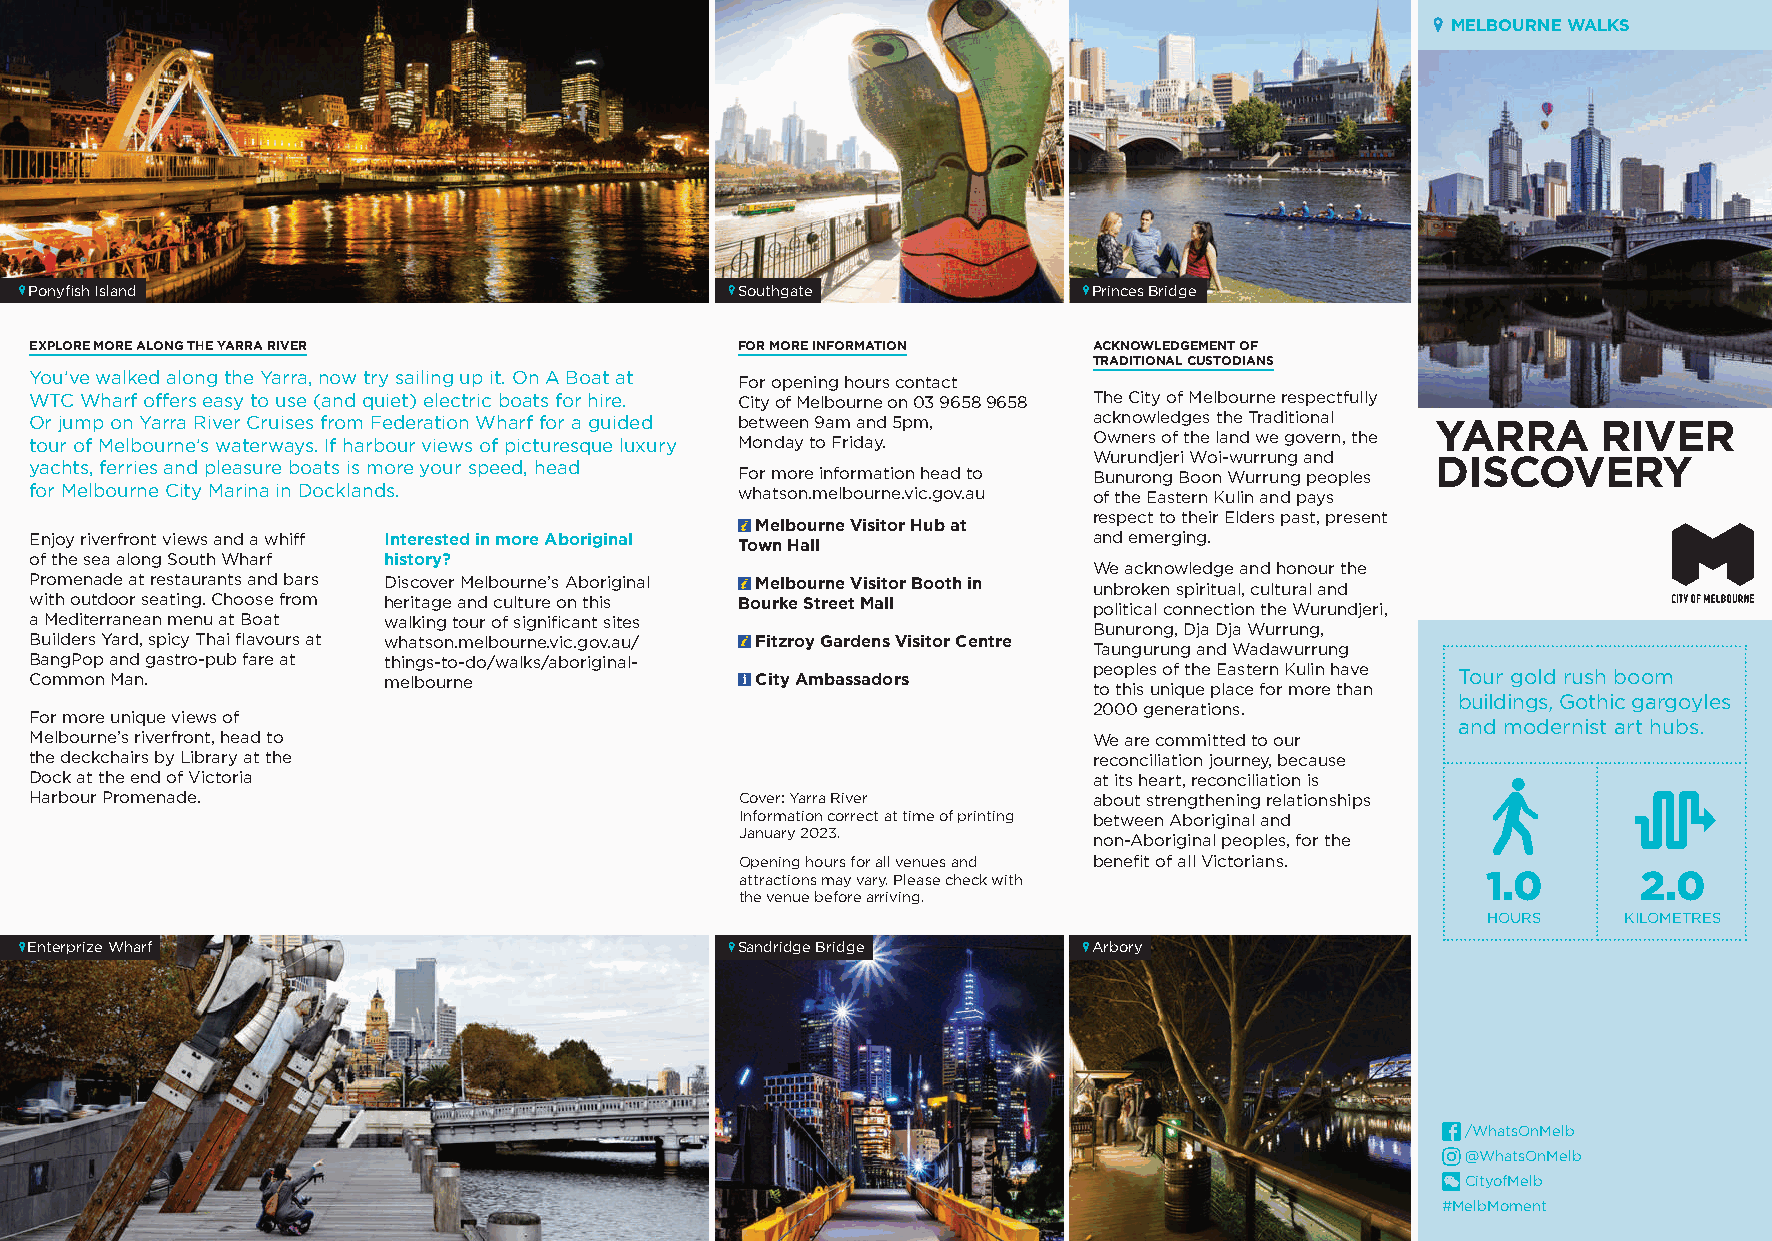
MELBOURNE WALKS
 Ponyfish Island                                Southgate              Princes Bridge
 EXPLORE MORE ALONG THE YARRA RIVER             FOR MORE INFORMATION   ACKNOWLEDGEMENT OF
 TRADITIONAL CUSTODIANS
 You’ve walked along the Yarra, now try sailing up it. On A Boat at For opening hours contact
 WTC Wharf offers easy to use (and quiet) electric boats for hire. City of Melbourne on 03 9658 9658 The City of Melbourne respectfully
 Or jump on Yarra River Cruises from Federation Wharf for a guided between 9am and 5pm, acknowledges the Traditional YARRA RIVER
 tour of Melbourne’s waterways. If harbour views of picturesque luxury Monday to Friday. Owners of the land we govern, the
 Wurundjeri Woi-wurrung and
 yachts, ferries and pleasure boats is more your speed, head                                  DISCOVERY
 For more information head to Bunurong Boon Wurrung peoples
 for Melbourne City Marina in Docklands.        whatson.melbourne.vic.gov.au of the Eastern Kulin and pays
 respect to their Elders past, present
 Melbourne Visitor Hub at
 Enjoy riverfront views and a whiff Interested in more Aboriginal Town Hall and emerging.
 of the sea along South Wharf history?
 We acknowledge and honour the
 Promenade at restaurants and bars Discover Melbourne’s Aboriginal Melbourne Visitor Booth in unbroken spiritual, cultural and
 with outdoor seating. Choose from heritage and culture on this Bourke Street Mall political connection the Wurundjeri,
 a Mediterranean menu at Boat walking tour of significant sites
 Bunurong, Dja Dja Wurrung,
 Builders Yard, spicy Thai flavours at whatson.melbourne.vic.gov.au/ Fitzroy Gardens Visitor Centre
 Taungurung and Wadawurrung
 BangPop and gastro-pub fare at things-to-do/walks/aboriginal-
 peoples of the Eastern Kulin have
 Common Man.            melbourne                City Ambassadors                               Tour gold rush boom
 to this unique place for more than
 buildings, Gothic gargoyles
 2000 generations.
 For more unique views of
 and modernist art hubs.
 Melbourne’s riverfront, head to                                       We are committed to our
 the deckchairs by Library at the                                      reconciliation journey, because
 Dock at the end of Victoria                                           at its heart, reconciliation is
 Harbour Promenade.                             Cover: Yarra River     about strengthening relationships
 Information correct at time of printing between Aboriginal and
 January 2023.
 non-Aboriginal peoples, for the
 Opening hours for all venues and benefit of all Victorians.
 attractions may vary. Please check with          1.0        2.0
 the venue before arriving.
 HOURS     KILOMETRES
 Enterprize Wharf                               Sandridge Bridge       Arbory
 /WhatsOnMelb
 @WhatsOnMelb
 CityofMelb
 #MelbMoment